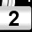
Digit: 2